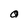
Character: O